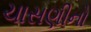
ચાસણીનો